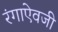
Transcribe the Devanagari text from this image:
रंगाऐवजी